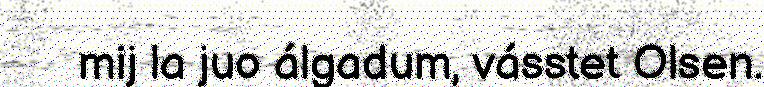
mij la juo álgadum, vásstet Olsen.